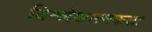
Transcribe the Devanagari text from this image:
विश्लेश्नात्मकता